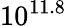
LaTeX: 10^{11.8}